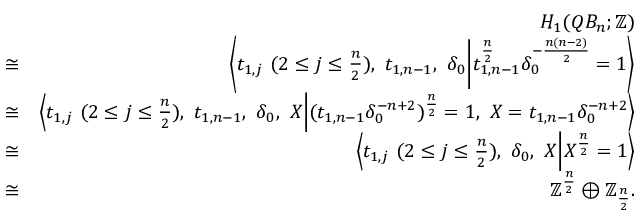
\begin{array} { r l r } & { } & { H _ { 1 } ( Q B _ { n } ; \mathbb { Z } ) } \\ & { \cong } & { \left< t _ { 1 , j } \ ( 2 \leq j \leq \frac { n } { 2 } ) , \ t _ { 1 , n - 1 } , \ \delta _ { 0 } \middle | t _ { 1 , n - 1 } ^ { \frac { n } { 2 } } \delta _ { 0 } ^ { - \frac { n ( n - 2 ) } { 2 } } = 1 \right> } \\ & { \cong } & { \left< t _ { 1 , j } \ ( 2 \leq j \leq \frac { n } { 2 } ) , \ t _ { 1 , n - 1 } , \ \delta _ { 0 } , \ X \middle | ( t _ { 1 , n - 1 } \delta _ { 0 } ^ { - n + 2 } ) ^ { \frac { n } { 2 } } = 1 , \ X = t _ { 1 , n - 1 } \delta _ { 0 } ^ { - n + 2 } \right> } \\ & { \cong } & { \left< t _ { 1 , j } \ ( 2 \leq j \leq \frac { n } { 2 } ) , \ \delta _ { 0 } , \ X \middle | X ^ { \frac { n } { 2 } } = 1 \right> } \\ & { \cong } & { \mathbb { Z } ^ { \frac { n } { 2 } } \oplus \mathbb { Z } _ { \frac { n } { 2 } } . } \end{array}